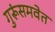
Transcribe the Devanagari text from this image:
गुरूंसमवेत